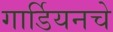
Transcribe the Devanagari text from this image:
गार्डियनचे